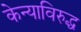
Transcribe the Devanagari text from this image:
केन्याविरुद्ध